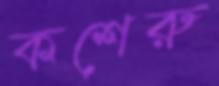
কশেরু